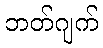
ဘတ်ဂျက်